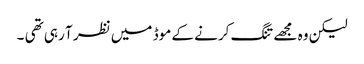
لیکن وہ مجھے تنگ کرنے کے موڈ میں نظر آ رہی تھی ۔